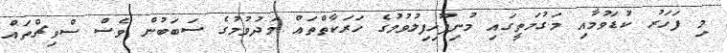
މި ފަހަރު ކުޑަވުމާއި މަގުމަތީގައި މުނިފޫހިފިލުވުމުގެ ހަރަކާތްތައް މަދުވުމުގެ ސަބަބުން ވެސް ސްވިޗްތައް